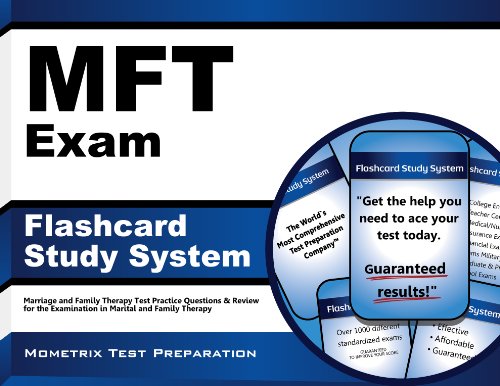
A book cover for MFT Exam Flashcard Study System: Marriage and Family Therapy Test Practice Questions & Review for the Examination in Marital and Family Therapy (Cards); Marriage and Family Therapy Exam Secrets Test Prep Team; Test Preparation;